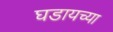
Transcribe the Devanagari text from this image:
घडायच्या